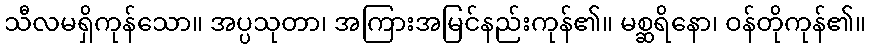
သီလမရှိကုန်သော။ အပ္ပသုတာ၊ အကြားအမြင်နည်းကုန်၏။ မစ္ဆရိနော၊ ဝန်တိုကုန်၏။